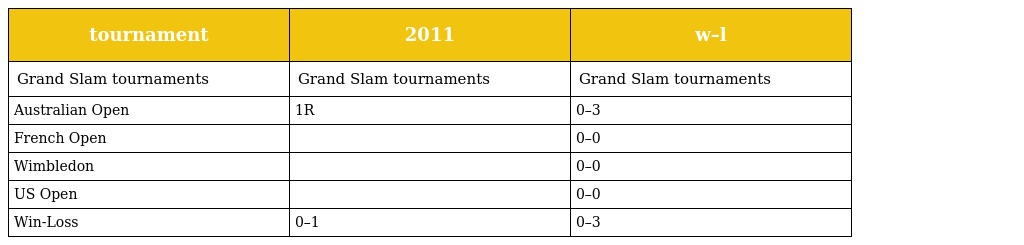
| tournament | 2011 | w–l |
 | --- | --- | --- |
 | Grand Slam tournaments | Grand Slam tournaments | Grand Slam tournaments |
 | Australian Open | 1R | 0–3 |
 | French Open |  | 0–0 |
 | Wimbledon |  | 0–0 |
 | US Open |  | 0–0 |
 | Win-Loss | 0–1 | 0–3 |